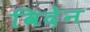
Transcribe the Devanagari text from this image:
विदेन